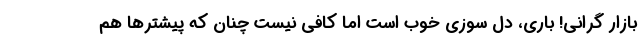
بازار گرانی! باری، دل سوزی خوب است اما کافی نیست چنان که پیشترها هم